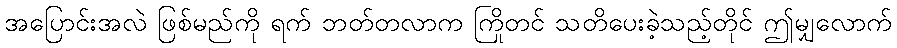
အပြောင်းအလဲ ဖြစ်မည်ကို ရက် ဘတ်တလာက ကြိုတင် သတိပေးခဲ့သည့်တိုင် ဤမျှလောက်